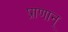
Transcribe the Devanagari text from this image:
प्राणान्